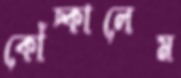
কোঁচ্‌কালেম